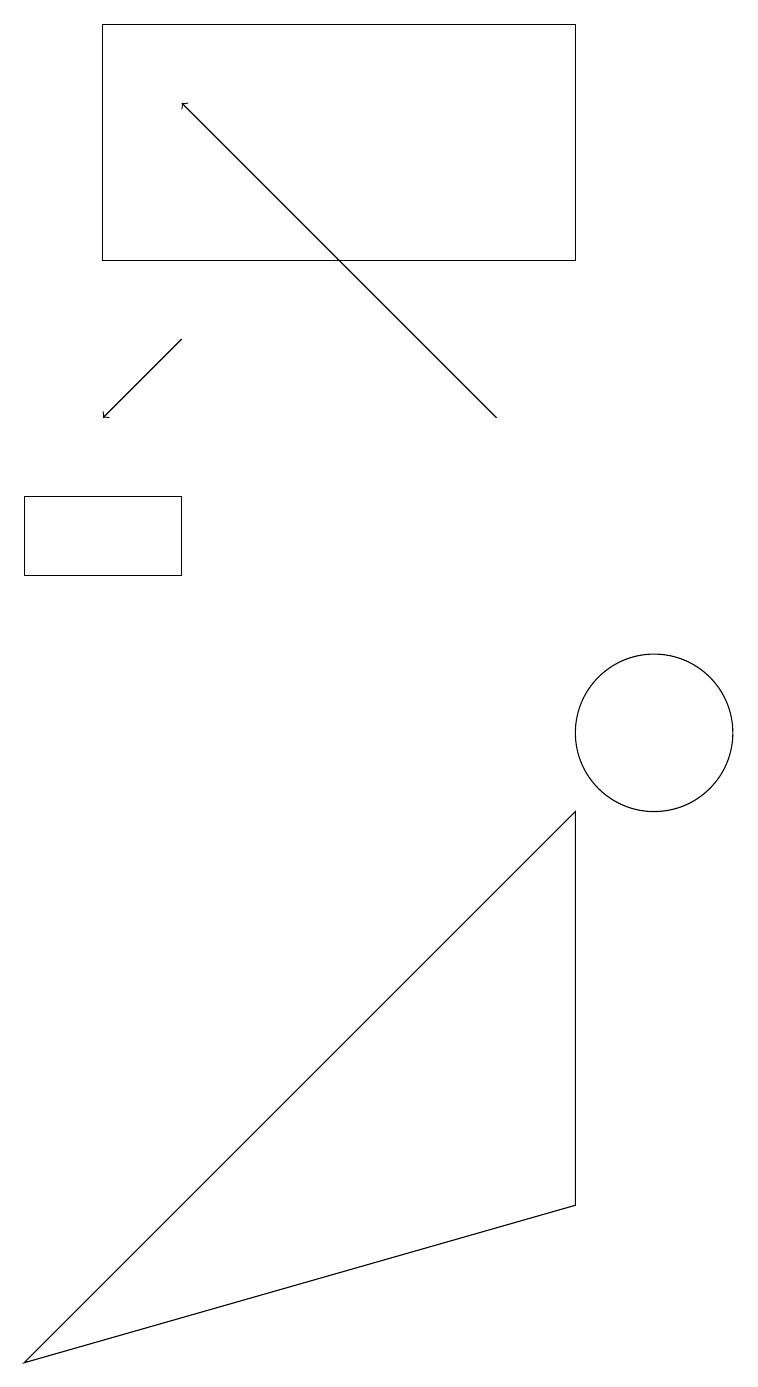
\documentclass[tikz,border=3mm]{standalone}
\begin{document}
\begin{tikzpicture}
\draw[->] (4,15) -- (3,14);
\draw (9,16) rectangle (3,19);
\draw (10,10) circle (1);
\draw[->] (8,14) -- (4,18);
\draw (9,4) -- (9,9) -- (2,2) -- cycle;
\draw (2,12) rectangle (4,13);
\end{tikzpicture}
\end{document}